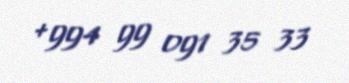
+994 99 091 35 33